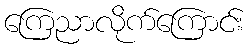
ကြေညာလိုက်ကြောင်း